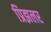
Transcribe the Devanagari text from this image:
प्रिझलर